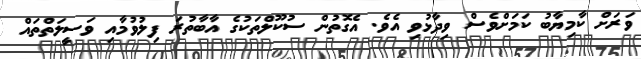
ވަރަށް ކާމިޔާބު ކަމަށްވެސް ވިދާޅުވި އެވެ. އެގޮތުން ސުކޫލްތަކުގެ އާބާތުރަ ފިލުވުމާއި ވަސީލަތްތައް